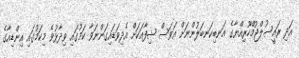
އަދި ރައީސުލްޖުމްހޫރިއްޔާގެ އަނބިކަނބަލުންނަށް އަވަސް ޝިފާއަކަށް އެދިވަޑައިގަންނަވާ ކަމުގައި ވިދާޅުވެ މިކަމުގައި އިންޑިއާގެ